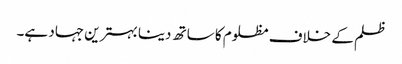
ظلم کے خلاف مظلوم کا ساتھ دینا بہترین جہاد ہے۔